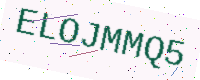
Text: ELOJMMQ5